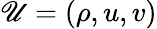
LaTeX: \mathscr{U}=(\rho,u,v)